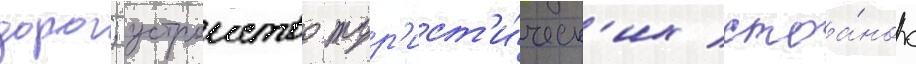
дорог; устроиство тур'ист'и́ческ'их стоа́нок